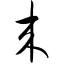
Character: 来